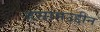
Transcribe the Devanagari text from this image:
हसामउद्दीन